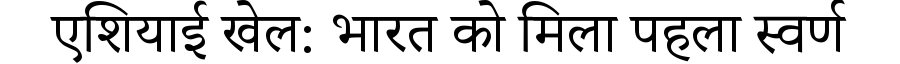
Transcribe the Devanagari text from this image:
एशियाई खेल: भारत को मिला पहला स्वर्ण